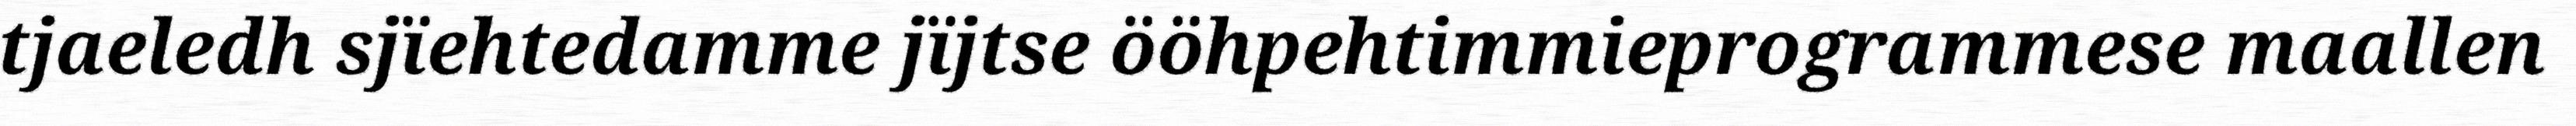
tjaeledh sjïehtedamme jïjtse ööhpehtimmieprogrammese maallen